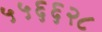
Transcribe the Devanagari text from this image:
५५६६२८